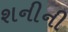
શનીની